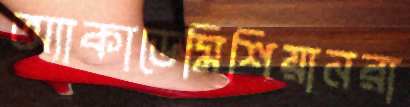
অ্যাকাডেমিশিয়ানরা